Lunatic asylums in Bengal annual reports 1888-1898 - 1888-1898
Year: 1888
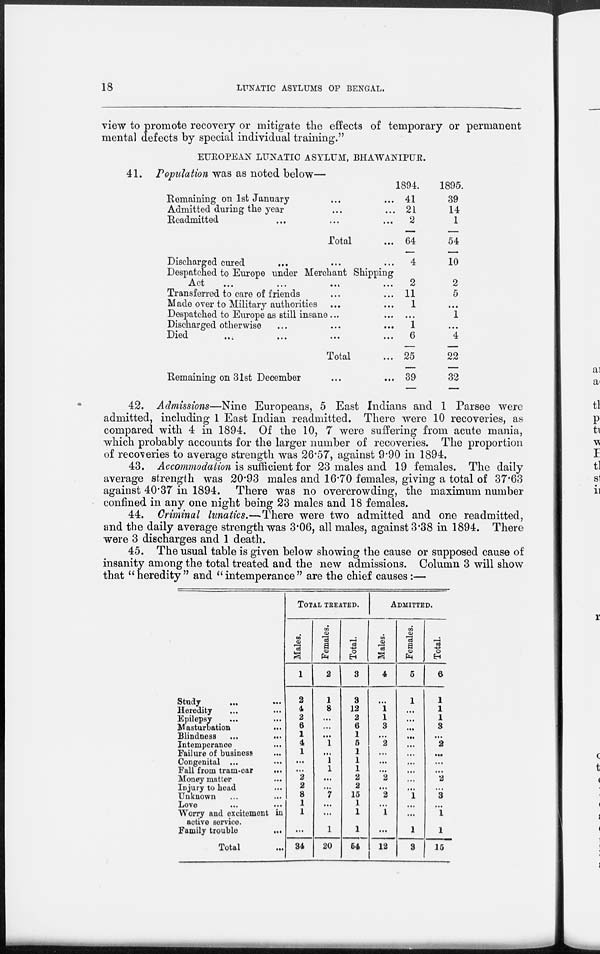
18
LUNATIC ASYLUMS OF BENGAL.
view to promote recovery or mitigate the effects of temporary or permanent
mental defects by special individual training."
EUROPEAN LUNATIC ASYLUM, BHAWANIPUR.
41. Population was as noted below—
Remaining on 1st January ... ...
Admitted during the year ... ...
Readmitted ... ...
Total ...
Discharged cured ... ... ...
Despatched to Europe under Merchant Shipping
Act
...
...
...
...
Transferred to care of friends ... ...
Made over to Military authorities ... ...
Despatched to Europe as still insane ... ...
Discharged otherwise ... ... ...
Died.
...
...
...
...
Total ...
Remaining on 31st December ... ...
1894.
41
21
2
64
4
2
11
1
...
1
6
25
39
1895.
39
14
1
54
10
2
5
...
1
...
4
22
32
42. Admissions—Nine Europeans, 5 East Indians and 1 Parsee were
admitted, including 1 East Indian readmitted. There were 10 recoveries, as
compared with 4 in 1894. Of the 10, 7 were suffering from acute mania,
which probably accounts for the larger number of recoveries. The proportion
of recoveries to average strength was 26.57, against 9.90 in 1894.
43. Accommodation is sufficient for 23 males and 19 females. The daily
average strength was 20.93 males and 16.70 females, giving a total of 37.63
against 40.37 in 1894. There was no overcrowding, the maximum number
confined in any one night being 23 males and 18 females.
44. Criminal lunatics.—There were two admitted and one readmitted,
and the daily average strength was 3.06, all males, against 3.38 in 1894. There
were 3 discharges and 1 death.
45. The usual table is given below showing the cause or supposed cause of
insanity among the total treated and the new admissions. Column 3 will show
that " heredity " and " intemperance " are the chief causes :—
Study
...
...
Heredity ... ...
Epilepsy ... ...
Masturbation ...
Blindness
...
...
Intemperance ...
Failure of business...
Congenital ... ...
Fall from tram-car
...
Money matter ...
Injury to head ...
Unknown ... ...
Love ... ...
Worry and excitement in
active service.
Family trouble
...
Total ...
TOTAL TREATED.
Males.
1
2
4
2
6
1
4
1
...
...
2
2
8
1
1
...
34
Females.
2
1
8
...
...
...
1
...
1
1
...
...
7
...
...
1
20
Total.
3
3
12
2
6
1
5
1
1
1
2
2
15
1
1
1
54
ADMITTED.
Males.
4
...
1
1
3
...
2
...
...
...
2
...
2
...
1
...
12
Females.
5
1
...
...
...
...
...
...
...
...
...
...
1
...
...
1
3
Total.
6
1
1
1
3
...
2
...
...
...
2
...
3
...
1
1
15